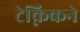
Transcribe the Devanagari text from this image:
टेक्निकने